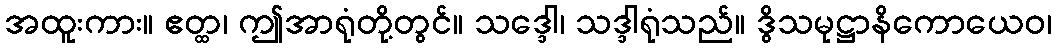
အထူးကား။ ဧတ္ထ၊ ဤအာရုံတို့တွင်။ သဒ္ဒေါ၊ သဒ္ဒါရုံသည်။ ဒွိသမုဋ္ဌာနိကောယေဝ၊